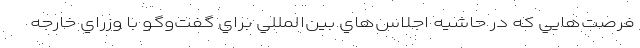
فرصت‌هايي كه در حاشيه اجلاس‌هاي بين‌المللي براي گفت‌وگو با وزراي خارجه